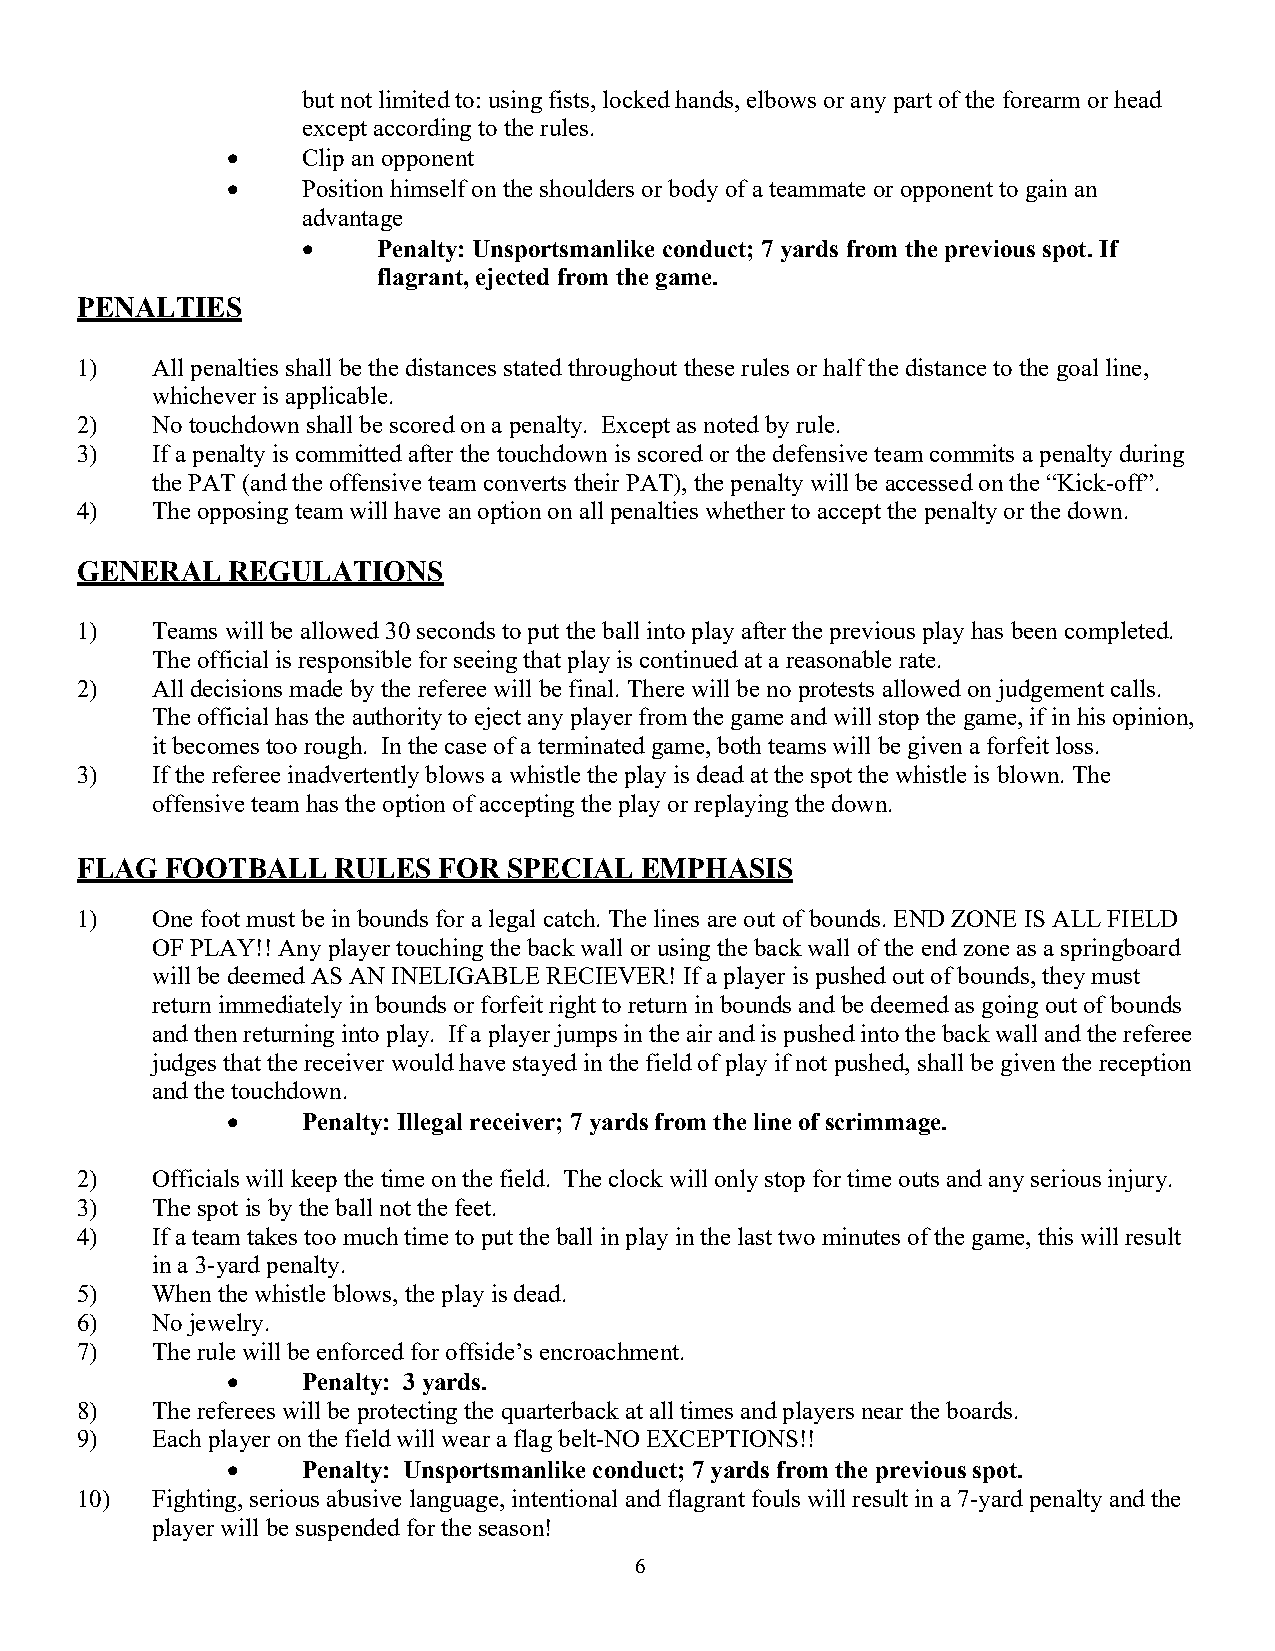
but not limited to: using fists, locked hands, elbows or any part of the forearm or head
 except according to the rules.
 •    Clip an opponent
 •    Position himself on the shoulders or body of a teammate or opponent to gain an
 advantage
 •    Penalty: Unsportsmanlike conduct; 7 yards from the previous spot. If
 flagrant, ejected from the game.
 PENALTIES
 1)   All penalties shall be the distances stated throughout these rules or half the distance to the goal line,
 whichever is applicable.
 2)   No touchdown shall be scored on a penalty. Except as noted by rule.
 3)   If a penalty is committed after the touchdown is scored or the defensive team commits a penalty during
 the PAT (and the offensive team converts their PAT), the penalty will be accessed on the “Kick-off”.
 4)   The opposing team will have an option on all penalties whether to accept the penalty or the down.
 GENERAL   REGULATIONS
 1)   Teams will be allowed 30 seconds to put the ball into play after the previous play has been completed.
 The official is responsible for seeing that play is continued at a reasonable rate.
 2)   All decisions made by the referee will be final. There will be no protests allowed on judgement calls.
 The official has the authority to eject any player from the game and will stop the game, if in his opinion,
 it becomes too rough. In the case of a terminated game, both teams will be given a forfeit loss.
 3)   If the referee inadvertently blows a whistle the play is dead at the spot the whistle is blown. The
 offensive team has the option of accepting the play or replaying the down.
 FLAG  FOOTBALL   RULES  FOR  SPECIAL EMPHASIS
 1)   One foot must be in bounds for a legal catch. The lines are out of bounds. END ZONE IS ALL FIELD
 OF PLAY!! Any player touching the back wall or using the back wall of the end zone as a springboard
 will be deemed AS AN INELIGABLE RECIEVER! If a player is pushed out of bounds, they must
 return immediately in bounds or forfeit right to return in bounds and be deemed as going out of bounds
 and then returning into play. If a player jumps in the air and is pushed into the back wall and the referee
 judges that the receiver would have stayed in the field of play if not pushed, shall be given the reception
 and the touchdown.
 •    Penalty: Illegal receiver; 7 yards from the line of scrimmage.
 2)   Officials will keep the time on the field. The clock will only stop for time outs and any serious injury.
 3)   The spot is by the ball not the feet.
 4)   If a team takes too much time to put the ball in play in the last two minutes of the game, this will result
 in a 3-yard penalty.
 5)   When the whistle blows, the play is dead.
 6)   No jewelry.
 7)   The rule will be enforced for offside’s encroachment.
 •    Penalty: 3 yards.
 8)   The referees will be protecting the quarterback at all times and players near the boards.
 9)   Each player on the field will wear a flag belt-NO EXCEPTIONS!!
 •    Penalty: Unsportsmanlike conduct; 7 yards from the previous spot.
 10)  Fighting, serious abusive language, intentional and flagrant fouls will result in a 7-yard penalty and the
 player will be suspended for the season!
 6